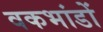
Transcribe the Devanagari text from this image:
वकभांडों